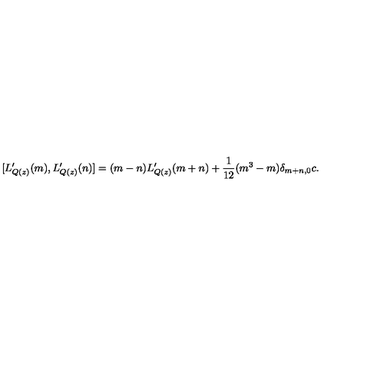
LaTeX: [ L _ { Q ( z ) } ^ { \prime } ( m ) , L _ { Q ( z ) } ^ { \prime } ( n ) ] = ( m - n ) L _ { Q ( z ) } ^ { \prime } ( m + n ) + { \displaystyle \frac { 1 } { 1 2 } } ( m ^ { 3 } - m ) \delta _ { m + n , 0 } c .